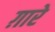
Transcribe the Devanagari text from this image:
ग़ारे